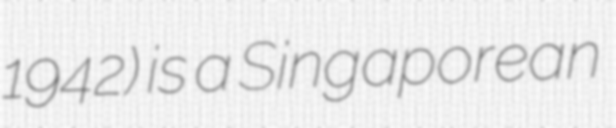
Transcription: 1942) is a Singaporean